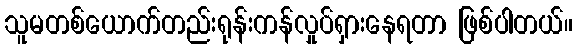
သူမတစ်ယောက်တည်းရုန်းကန်လှုပ်ရှားနေရတာ ဖြစ်ပါတယ်။